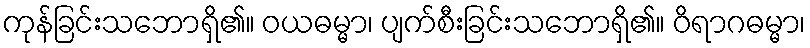
ကုန်ခြင်းသဘောရှိ၏။ ဝယဓမ္မာ၊ ပျက်စီးခြင်းသဘောရှိ၏။ ဝိရာဂဓမ္မာ၊